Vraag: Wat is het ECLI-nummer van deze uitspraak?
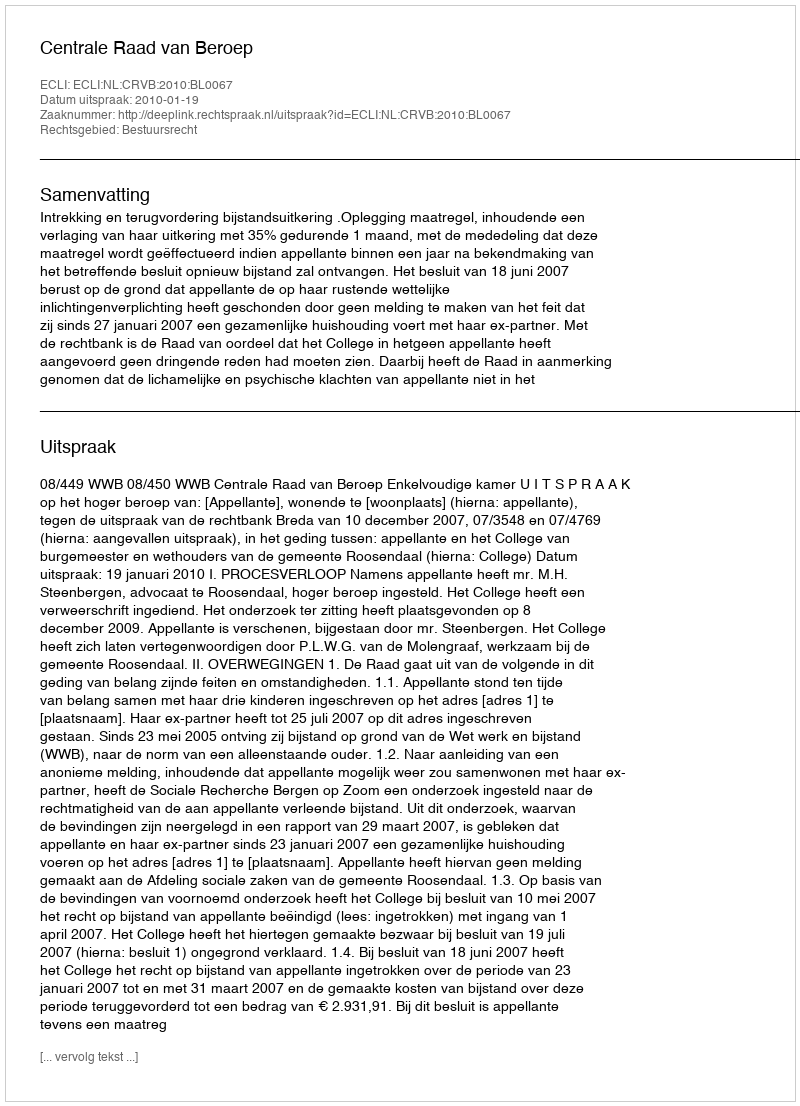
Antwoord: ECLI:NL:CRVB:2010:BL0067